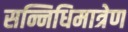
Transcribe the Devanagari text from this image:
सन्निधिमात्रेण